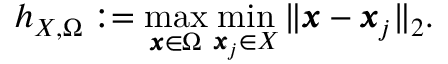
h _ { X , \Omega } : = \operatorname* { m a x } _ { \pmb { x } \in \Omega } \operatorname* { m i n } _ { \pmb { x } _ { j } \in X } \| \pmb { x } - \pmb { x } _ { j } \| _ { 2 } .